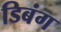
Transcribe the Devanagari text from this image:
डिबंग